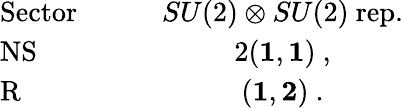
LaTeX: \begin{array}{lc}{{{\mathrm{Sector}}\quad\quad}}&{{SU(2)\otimes SU(2)~{\mathrm{rep.}}}}\\ {{{\mathrm{NS}}}}&{{2({\mathbf 1},{\mathbf 1})~,}}\\ {{{\mathrm{R}}}}&{{({\mathbf 1},{\mathbf 2})~.}}\end{array}